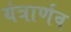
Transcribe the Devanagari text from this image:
यंत्रार्णव